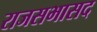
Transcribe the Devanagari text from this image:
राजसभासद